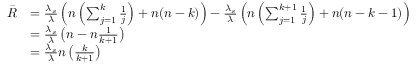
\begin{array} { r l } { \Bar { R } } & { = \frac { \lambda _ { s } } { \lambda } \left( n \left( \sum _ { j = 1 } ^ { k } \frac { 1 } { j } \right) + n ( n - k ) \right) - \frac { \lambda _ { s } } { \lambda } \left( n \left( \sum _ { j = 1 } ^ { k + 1 } \frac { 1 } { j } \right) + n ( n - k - 1 ) \right) } \\ & { = \frac { \lambda _ { s } } { \lambda } \left( n - n \frac { 1 } { k + 1 } \right) } \\ & { = \frac { \lambda _ { s } } { \lambda } n \left( \frac { k } { k + 1 } \right) } \end{array}